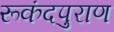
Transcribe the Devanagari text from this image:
रूकंदपुराण